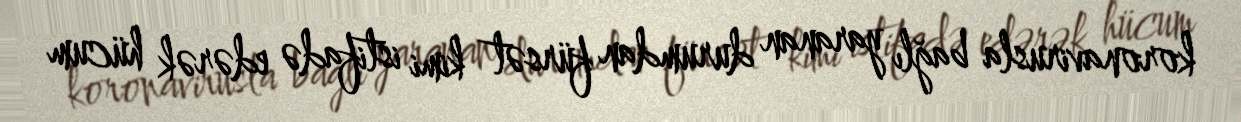
koronavirusla bağlı yaranan durumdan fürsət kimi istifadə edərək hücum